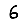
Digit: 6